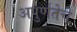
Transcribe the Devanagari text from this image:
अपुर्णतेचे